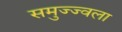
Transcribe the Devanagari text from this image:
समुज्ज्वला